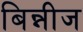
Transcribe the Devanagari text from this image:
बिन्नीज